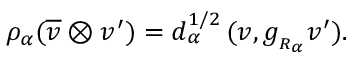
\rho _ { \alpha } ( \overline { { { v } } } \otimes v ^ { \prime } ) = d _ { \alpha } ^ { 1 / 2 } \, ( v , g _ { _ { R _ { \alpha } } } v ^ { \prime } ) .